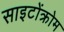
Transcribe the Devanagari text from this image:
साइटोंक्रोम